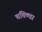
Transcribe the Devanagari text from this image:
चचिण्डा